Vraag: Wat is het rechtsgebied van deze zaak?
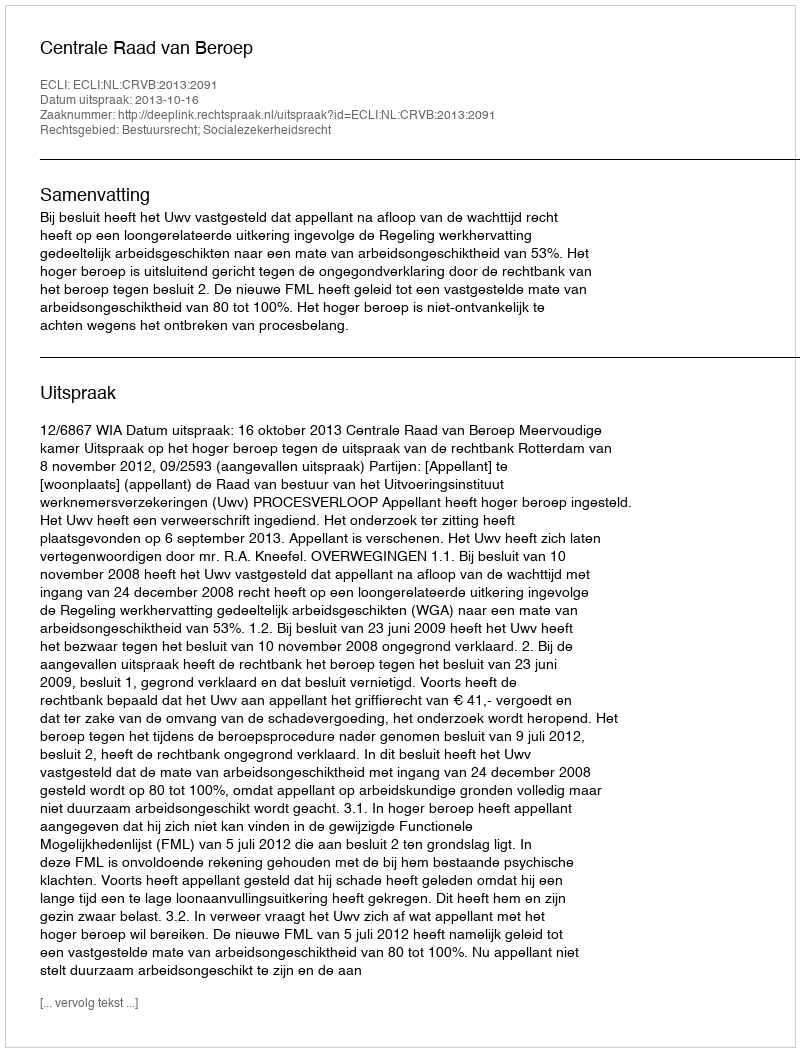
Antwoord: Bestuursrecht; Socialezekerheidsrecht